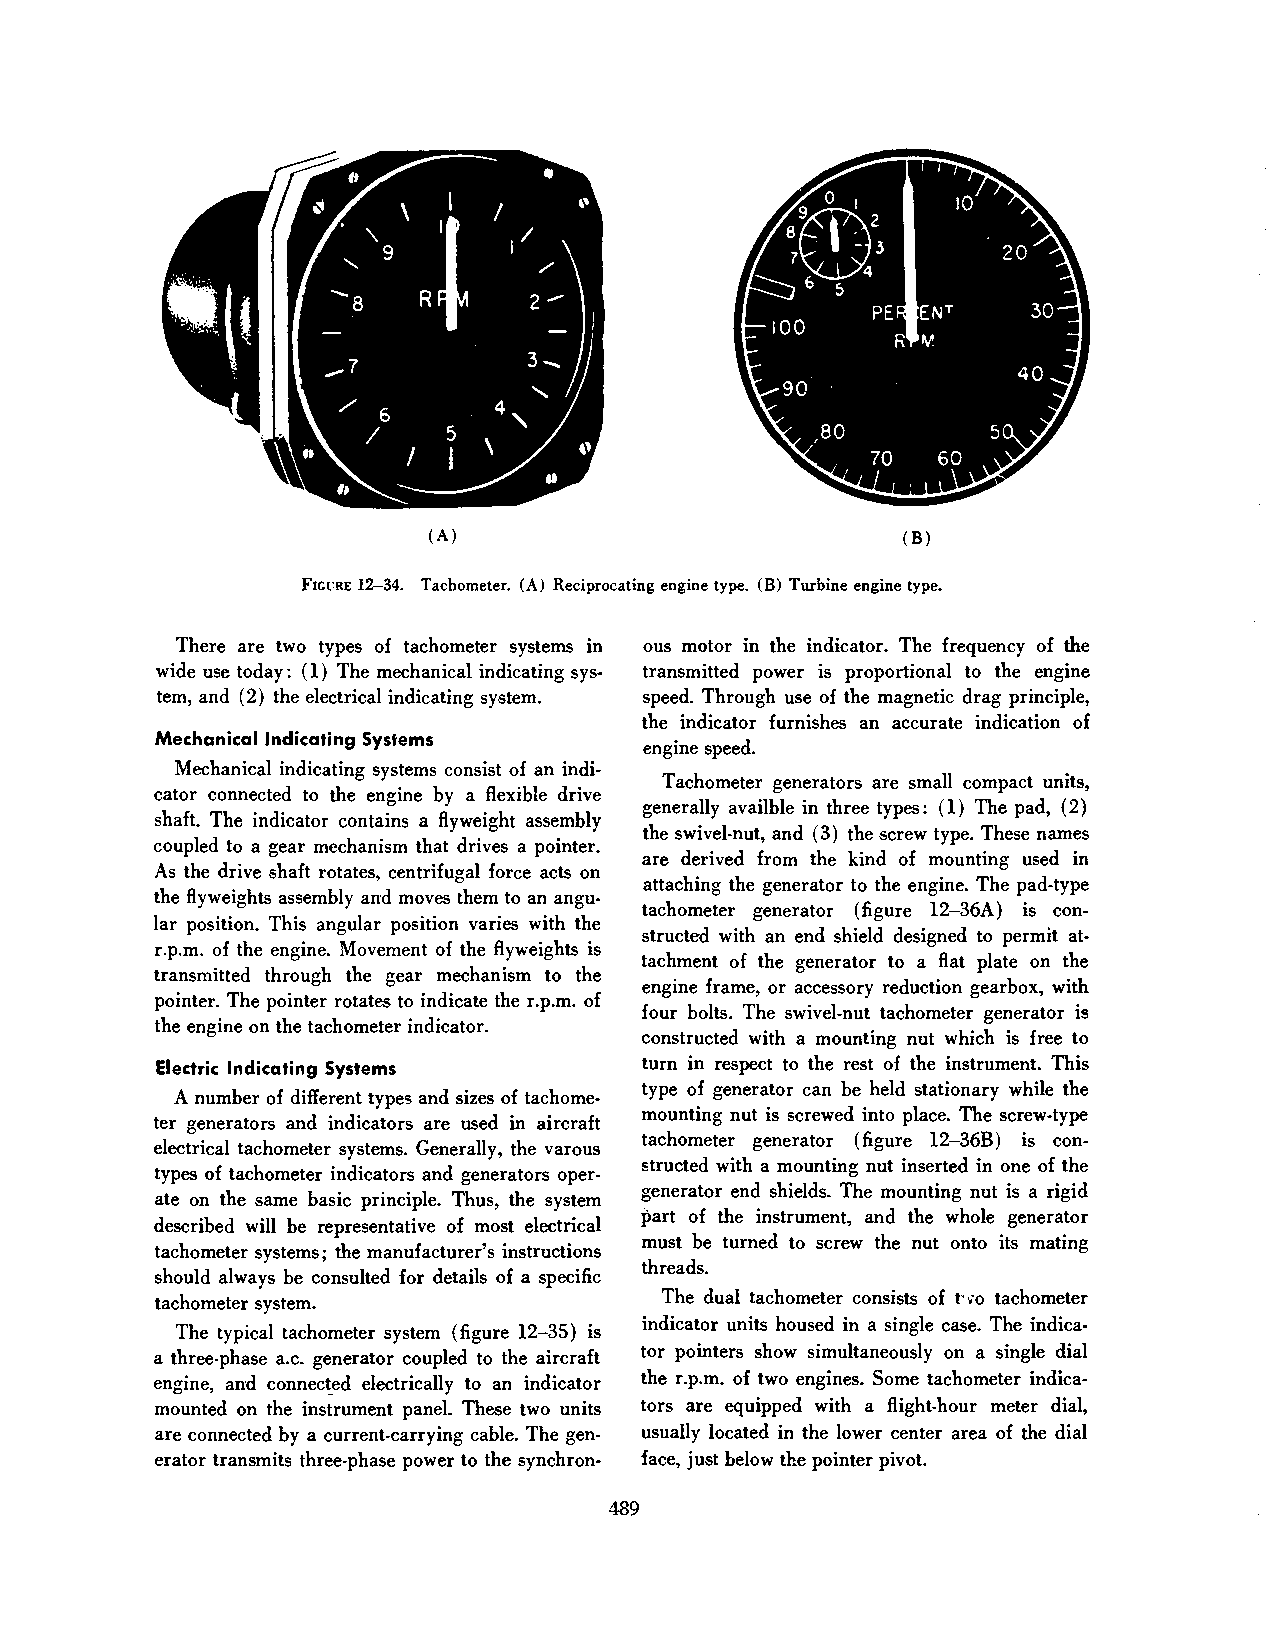
(A)                            (B)
 Fict:RE 12-34. Tachometer. (A) Reciprocating engine type. (B) Turbine engine type.
 There are two types of tachometer systems in ous motor in the indicator. The frequency of the
 wide use today: ( l) The mechanical indicating sys transmitted power is proportional to the engine
 tem, and ( 2) the electrical indicating system. speed. Through use of the magnetic drag principle,
 the indicator furnishes an accurate indication of
 Mechanical Indicating Systems
 engine speed.
 Mechanical indicating systems consist of an indi
 Tachometer generators are small compact units,
 cator connected to the engine by a flexible drive
 generally availble in three types: (l) The pad, (2)
 shaft. The indicator contains a flyweight assembly
 the swivel-nut, and (3) the screw type. These names
 coupled to a gear mechanism that drives a pointer.
 are derived from the kind of mounting used in
 As the drive shaft rotates, centrifugal force acts on
 attaching the generator to the engine. The pad-type
 the flyweights assembly and moves them to an angu
 tachometer generator (figure l2-36A) is con
 lar position. This angular position varies with the
 structed with an end shield designed to permit at
 r.p.m. of the engine. Movement of the flyweights is
 tachment of the generator to a flat plate on the
 transmitted through the gear mechanism to the
 engine frame, or accessory reduction gearbox, with
 pointer. The pointer rotates to indicate the r.p.m. of
 four bolts. The swivel-nut tachometer generator is
 the engine on the tachometer indicator.
 constructed with a mounting nut which is free to
 Electric Indicating Systems     turn in respect to the rest of the instrument. This
 type of generator can be held stationary while the
 A number of different types and sizes of tachome
 mounting nut is screwed into place. The screw-type
 ter generators and indicators are used in aircraft
 tachometer generator (figure l2-36B) is con
 electrical tachometer systems. Generally, the varous
 structed with a mounting nut inserted in one of the
 types of tachometer indicators and generators oper
 generator end shields. The mounting nut is a rigid
 ate on the same basic principle. Thus, the system
 part of the instrument, and the whole generator
 described will be representative of most electrical
 must be turned to screw the nut onto its mating
 tachometer systems; the manufacturer's instructions
 threads.
 should always be consulted for details of a specific
 tachometer system.                The dual tachometer consists of t· ·;o tachometer
 indicator units housed in a single case. The indica
 The typical tachometer system (figure 12-35) is
 tor pointers show simultaneously on a single dial
 a three·phase a.c. generator coupled to the aircraft
 engine, and connec~ed electrically to an indicator the r.p.m. of two engines. Some tachometer indica
 mounted on the instrument panel. These two units tors are equipped with a flight-hour meter dial,
 are connected by a current-carrying cable. The gen usually located in the lower center area of the dial
 erator transmits three-phase power to the synchron- face, just below the pointer pivot.
 489